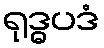
ရုဒ္ဓပဒံ